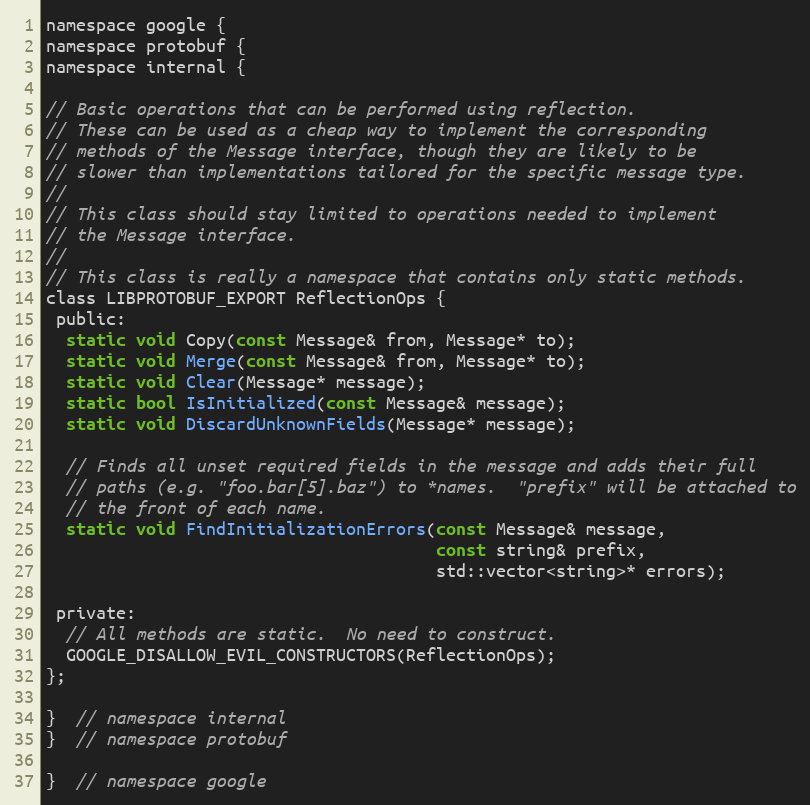
Language: C
namespace google {
namespace protobuf {
namespace internal {

// Basic operations that can be performed using reflection.
// These can be used as a cheap way to implement the corresponding
// methods of the Message interface, though they are likely to be
// slower than implementations tailored for the specific message type.
//
// This class should stay limited to operations needed to implement
// the Message interface.
//
// This class is really a namespace that contains only static methods.
class LIBPROTOBUF_EXPORT ReflectionOps {
 public:
  static void Copy(const Message& from, Message* to);
  static void Merge(const Message& from, Message* to);
  static void Clear(Message* message);
  static bool IsInitialized(const Message& message);
  static void DiscardUnknownFields(Message* message);

  // Finds all unset required fields in the message and adds their full
  // paths (e.g. "foo.bar[5].baz") to *names.  "prefix" will be attached to
  // the front of each name.
  static void FindInitializationErrors(const Message& message,
                                       const string& prefix,
                                       std::vector<string>* errors);

 private:
  // All methods are static.  No need to construct.
  GOOGLE_DISALLOW_EVIL_CONSTRUCTORS(ReflectionOps);
};

}  // namespace internal
}  // namespace protobuf

}  // namespace google